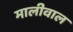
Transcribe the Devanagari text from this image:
मालीवाल